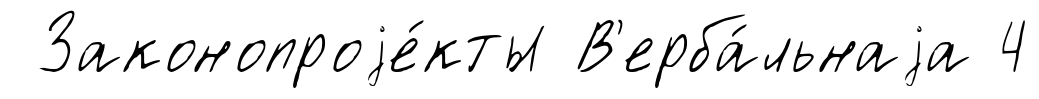
Законопроjе́кты В'ерба́льнаjа 4